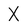
Character: X